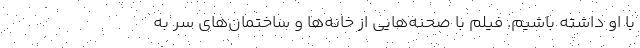
با او داشته باشیم. فیلم با صحنه‌هایی از خانه‌ها و ساختمان‌های سر به